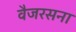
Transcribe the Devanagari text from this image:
वैजरसना